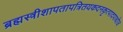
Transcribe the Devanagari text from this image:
ब्रह्मस्त्रीशापतापत्रितयकदनकृत्पादपाथोज